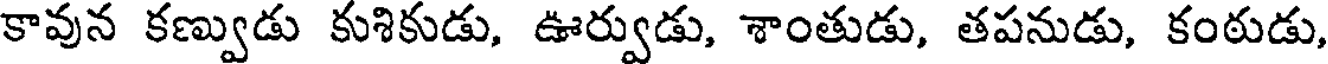
కావున కణ్వుడు కుశికుడు, ఊర్వుడు, శాంతుడు, తపనుడు, కంఠుడు,